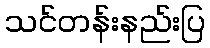
သင်တန်းနည်းပြ